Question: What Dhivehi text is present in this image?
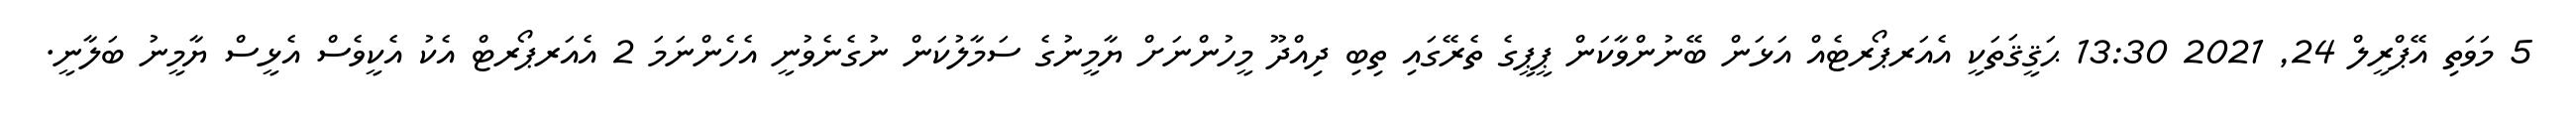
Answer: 5 މަވަތި އޭޕްރީލް 24, 2021 13:30 ޙަޤީޤަތަކީ އެއަރޕޯރޓެއް އަޅަން ބޭނުންވާކަން ޕީޕީގެ ތެރޭގައި ތިބި ދިއްދޫ މީހުންނަށް ޔާމީނުގެ ސަމާލުކަން ނުގެނެވުނީ އެހެންނަމަ 2 އެއަރޕޯރޓް އެކު އެކީވެސް އެޅީސް ޔާމީނު ބަލާނީ.